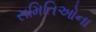
સમિતિઓના